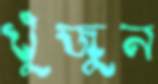
খুঁজুন